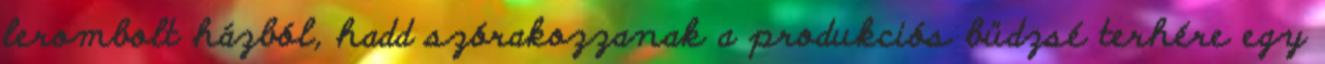
lerombolt házból, hadd szórakozzanak a produkciós büd­zsé terhére egy